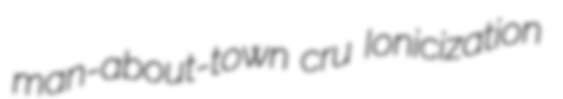
man-about-town cru Ionicization